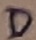
Text: D